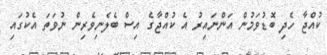
ކުއްޖާ ހެދި ބޮޑުވަމުން އަންނައިރު އެ ކުއްޖާގެ އިސް ބެލެނިވެރިން ނުވަތަ އެކުގައި